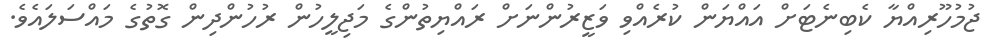
ޖުމުހޫރިއްޔާ ކެބިނެޓަށް އައްޔަން ކުރެއްވި ވަޒީރުންނަށް ރައްޔިތުންގެ މަޖިލީހުން ރުހުންދިން ގޮތުގެ މައްސަލައެވެ.